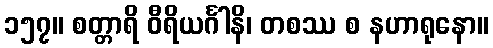
၁၅၇။ စတ္တာရိ ဝီရိယင်္ဂါနိ၊ တစဿ စ နဟာရုနော။